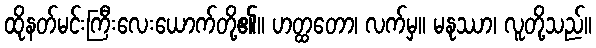
ထိုနတ်မင်းကြီးလေးယောက်တို့၏။ ဟတ္ထတော၊ လက်မှ။ မနုဿာ၊ လူတို့သည်။